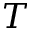
T